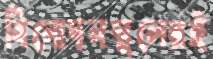
বিনোদনস্থলেরই